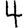
Digit: 4